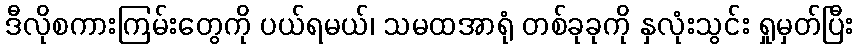
ဒီလိုစကားကြမ်းတွေကို ပယ်ရမယ်၊ သမထအာရုံ တစ်ခုခုကို နှလုံးသွင်း ရှုမှတ်ပြီး